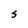
Character: S